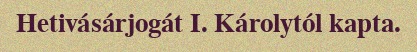
Hetivásárjogát I. Károlytól kapta.